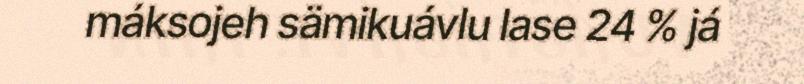
máksojeh sämikuávlu lase 24 % já